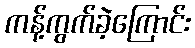
ကန့်ကွက်ခဲ့ကြောင်း